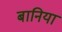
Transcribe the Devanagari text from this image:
बानिया